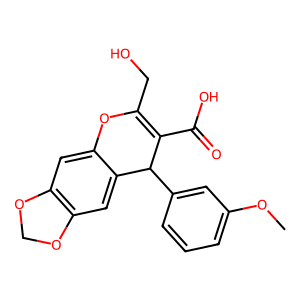
SMILES: COc1cccc(C2C(C(=O)O)=C(CO)Oc3cc4c(cc32)OCO4)c1
Inhibits HIV replication: No